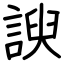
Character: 諛